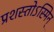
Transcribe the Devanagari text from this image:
प्रशस्तोऽस्मिन्